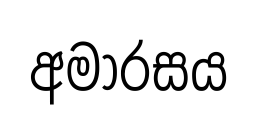
අමාරසය